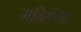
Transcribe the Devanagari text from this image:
गतिसंचार